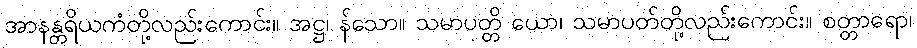
အာနန္တရိယကံတို့လည်းကောင်း။ အဋ္ဌ၊ န်သော။ သမာပတ္တိ ယော၊ သမာပတ်တို့လည်းကောင်း။ စတ္တာရော၊